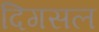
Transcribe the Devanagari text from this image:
दिगसल